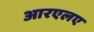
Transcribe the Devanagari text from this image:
आरएलए